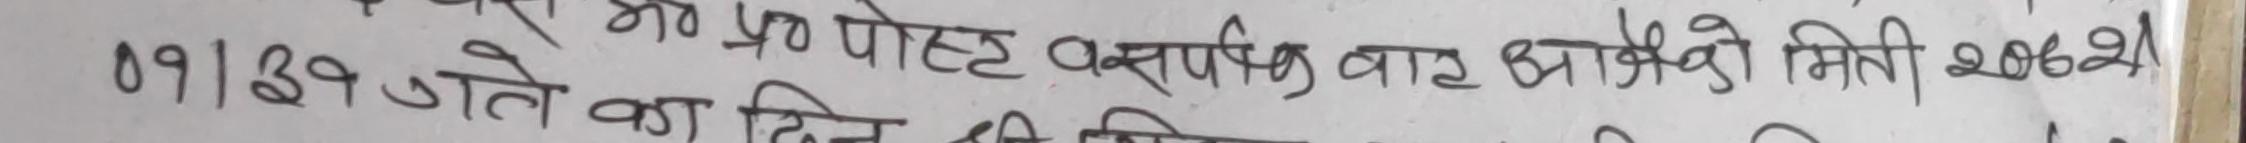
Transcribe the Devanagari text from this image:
०9/३9 गते का दिन प्रपोट प्रसारण भइ सकेको मिति २०६१